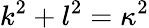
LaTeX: k^{2}+l^{2}=\kappa^{2}